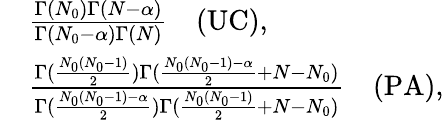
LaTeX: \begin{array}{rl}&{\frac{\Gamma(N_{0})\Gamma(N-\alpha)}{\Gamma(N_{0}-\alpha)\Gamma(N)}\quad\mathrm{(UC)},}\\ &{\frac{\Gamma(\frac{N_{0}(N_{0}-1)}{2})\Gamma(\frac{N_{0}(N_{0}-1)-\alpha}{2}+N-N_{0})}{\Gamma(\frac{N_{0}(N_{0}-1)-\alpha}{2})\Gamma(\frac{N_{0}(N_{0}-1)}{2}+N-N_{0})}\quad\mathrm{(PA)},}\end{array}